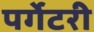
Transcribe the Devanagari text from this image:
पर्गेटरी